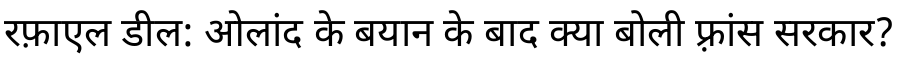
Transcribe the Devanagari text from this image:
रफ़ाएल डील: ओलांद के बयान के बाद क्या बोली फ़्रांस सरकार?